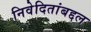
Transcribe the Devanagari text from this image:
निवेदितांबद्दल